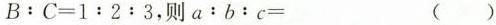
$$B:C=1:2:3$$，则$$a:b:c=$$ （）